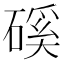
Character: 磎